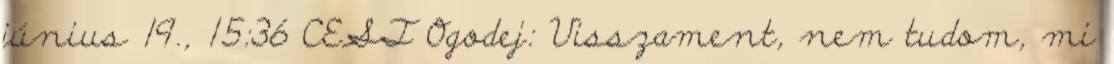
június 19., 15:36 CEST Ogodej: Visszament, nem tudom, mi